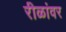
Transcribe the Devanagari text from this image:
रीळांवर